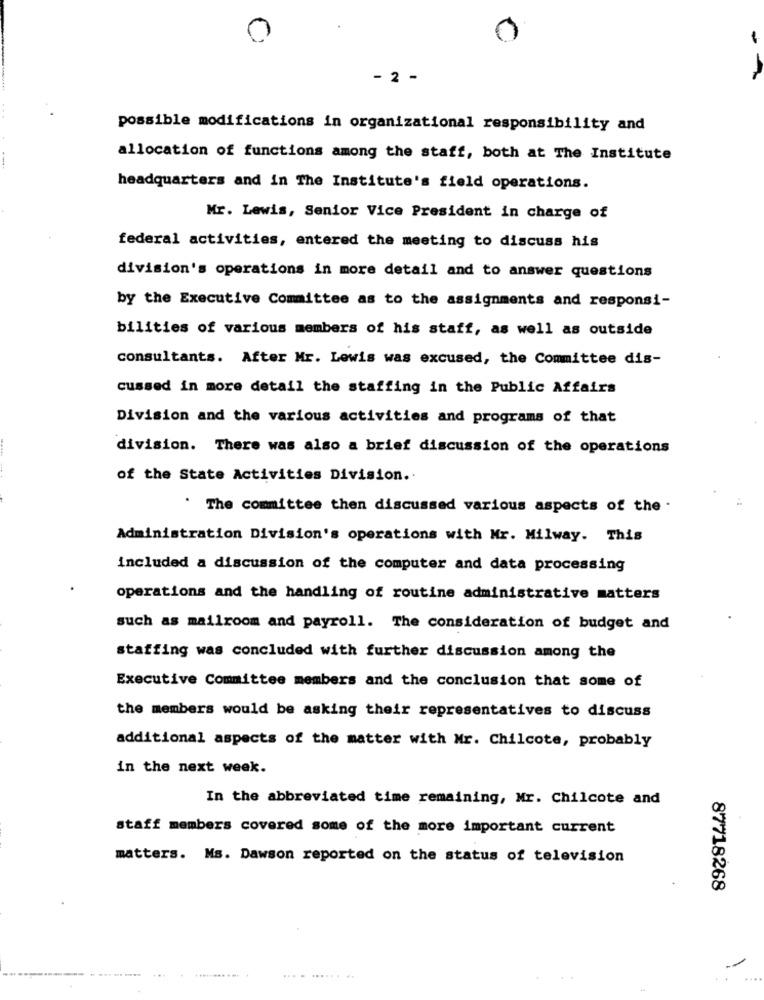
0
0
- 2 -
- -
possible modifications in organizational responsibility and
allocation of functions among the staff, both at The Institute
headquarters and in The Institute's field operations.
Mr. Lewis, Senior Vice President in charge of
federal activities, entered the meeting to discuss his
division's operations in more detail and to answer questions
by the Executive Committee as to the assignments and responsi-
bilities of various members of his staff, as well as outside
consultants. After Mr. Lewis was excused, the Committee dis-
cussed in more detail the staffing in the Public Affairs
Division and the various activities and programs of that
division. There was also a brief discussion of the operations
of the State Activities Division ..
. The committee then discussed various aspects of the -
Administration Division's operations with Mr. Milway. This
included a discussion of the computer and data processing
operations and the handling of routine administrative matters
such as mailroom and payroll. The consideration of budget and
staffing was concluded with further discussion among the
Executive Committee members and the conclusion that some of
the members would be asking their representatives to discuss
additional aspects of the matter with Mr. Chilcote, probably
in the next week.
In the abbreviated time remaining, Mr. Chilcote and
staff members covered some of the more important current
matters. Ms. Dawson reported on the status of television
87718268
.... ........